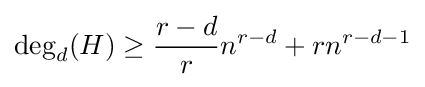
\deg _{d}(H)\geq {\frac {r-d}{r}}n^{r-d}+rn^{r-d-1}